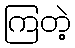
ကြတဲ့